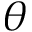
\theta